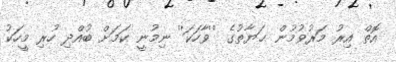
އޮތް އިރު މަރުވުމުން ޙަޔާތުގެ ''ވާހަކަ'' ނިމުނީ ކަމަށް ބުއްދި ހުރި މީހަކު